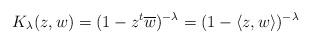
LaTeX: \begin{align*} K_\lambda(z,w) = (1 - z^t \overline{w})^{-\lambda} = (1 - \langle z, w\rangle)^{-\lambda}\end{align*}